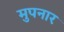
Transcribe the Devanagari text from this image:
मुपनार